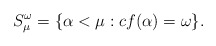
\begin{align*} S^{\omega}_{\mu}=\{{\alpha}<{\mu}: cf({\alpha})={\omega}\}.\end{align*}